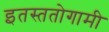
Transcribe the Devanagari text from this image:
इतस्ततोगामी